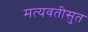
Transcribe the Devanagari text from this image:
मत्यवतीसुत